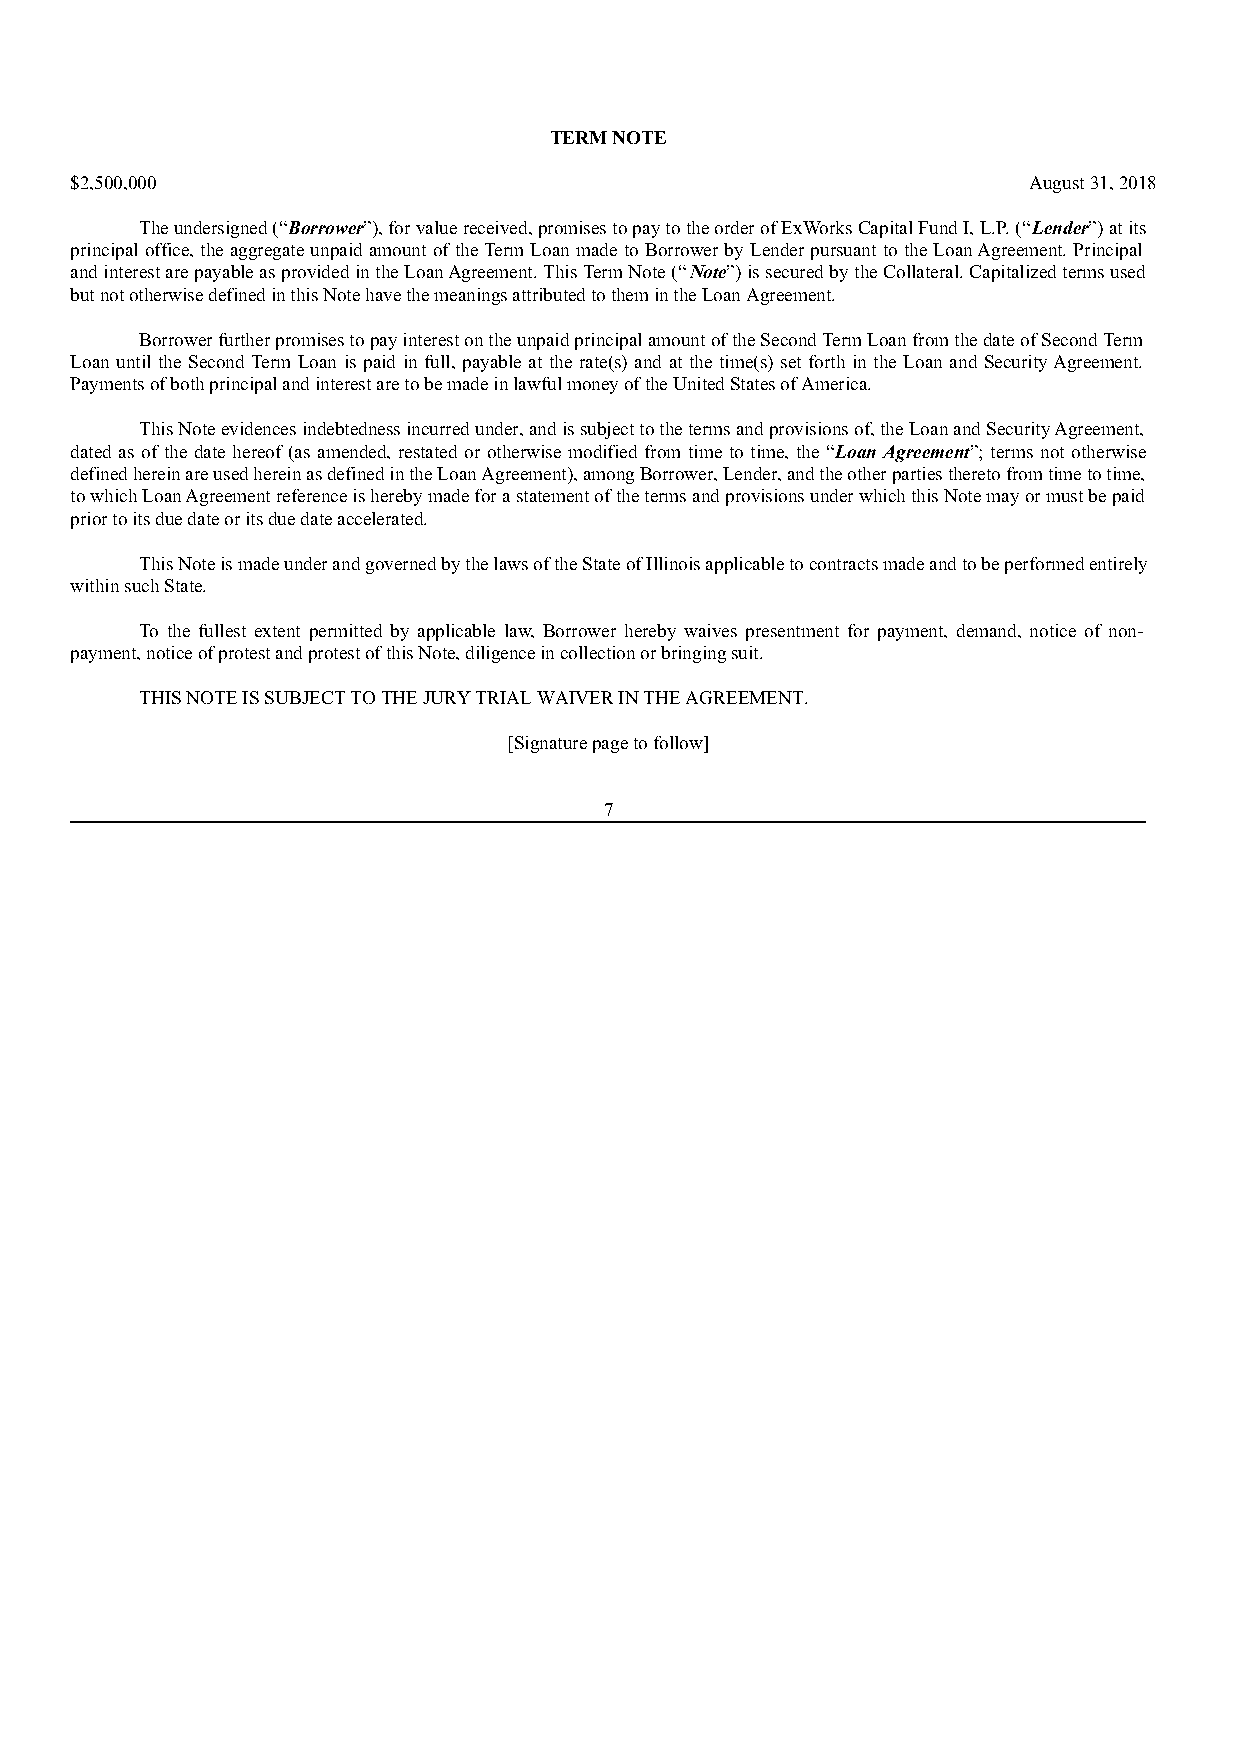
TERM NOTE
 $2,500,000                                                     August 31, 2018
 The undersigned (“Borrower”), for value received, promises to pay to the order of ExWorks Capital Fund I, L.P. (“Lender”) at its
 principal office, the aggregate unpaid amount of the Term Loan made to Borrower by Lender pursuant to the Loan Agreement. Principal
 and interest are payable as provided in the Loan Agreement. This Term Note (“Note”) is secured by the Collateral. Capitalized terms used
 but not otherwise defined in this Note have the meanings attributed to them in the Loan Agreement.
 Borrower further promises to pay interest on the unpaid principal amount of the Second Term Loan from the date of Second Term
 Loan until the Second Term Loan is paid in full, payable at the rate(s) and at the time(s) set forth in the Loan and Security Agreement.
 Payments of both principal and interest are to be made in lawful money of the United States of America.
 This Note evidences indebtedness incurred under, and is subject to the terms and provisions of, the Loan and Security Agreement,
 dated as of the date hereof (as amended, restated or otherwise modified from time to time, the “Loan Agreement”; terms not otherwise
 defined herein are used herein as defined in the Loan Agreement), among Borrower, Lender, and the other parties thereto from time to time,
 to which Loan Agreement reference is hereby made for a statement of the terms and provisions under which this Note may or must be paid
 prior to its due date or its due date accelerated.
 This Note is made under and governed by the laws of the State of Illinois applicable to contracts made and to be performed entirely
 within such State.
 To the fullest extent permitted by applicable law, Borrower hereby waives presentment for payment, demand, notice of non-
 payment, notice of protest and protest of this Note, diligence in collection or bringing suit.
 THIS NOTE IS SUBJECT TO THE JURY TRIAL WAIVER IN THE AGREEMENT.
 [Signature page to follow]
 7